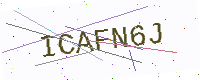
Text: ICAFN6J